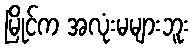
မြိုင်က အလုံးမများဘူး